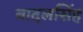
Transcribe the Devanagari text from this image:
बादलसिंह